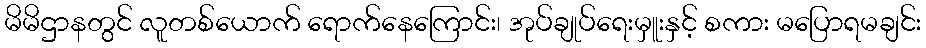
မိမိဌာနတွင် လူတစ်ယောက် ရောက်နေကြောင်း၊ အုပ်ချုပ်ရေးမှူးနှင့် စကား မပြောရမချင်း